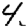
Digit: 4